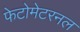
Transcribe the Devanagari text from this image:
फेटोमेटरनल